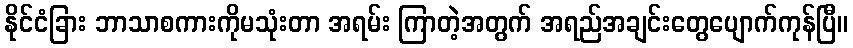
နိုင်ငံခြား ဘာသာစကားကိုမသုံးတာ အရမ်း ကြာတဲ့အတွက် အရည်အချင်းတွေပျောက်ကုန်ပြီ။